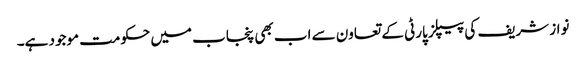
نواز شریف کی پیپلز پارٹی کے تعاون سے اب بھی پنجاب میں حکومت موجود ہے۔